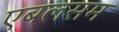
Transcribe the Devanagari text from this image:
एबलसम